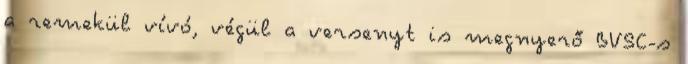
a remekül vívó, végül a versenyt is megnyerő BVSC-s